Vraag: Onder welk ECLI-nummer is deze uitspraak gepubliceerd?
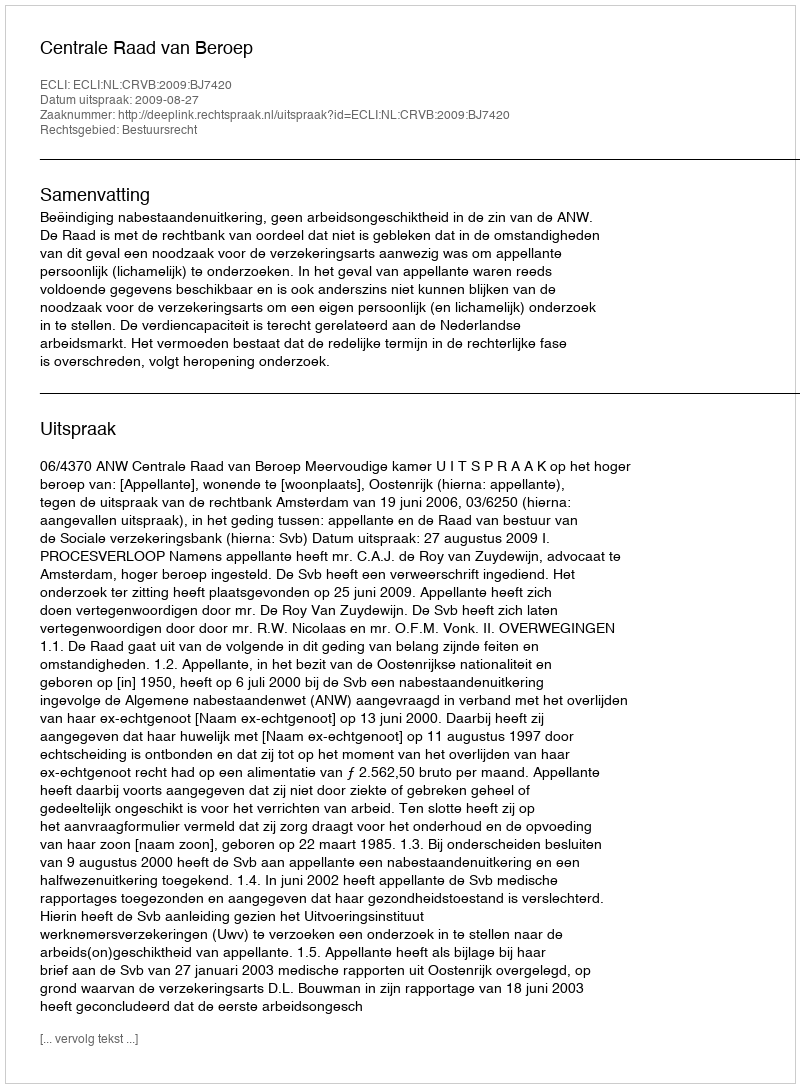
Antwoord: ECLI:NL:CRVB:2009:BJ7420